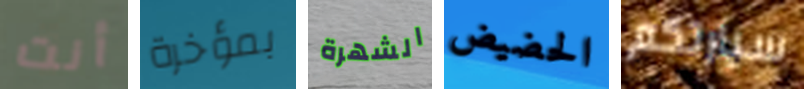
أنت بمؤخرة الشهرة الحضيض سيارتكم